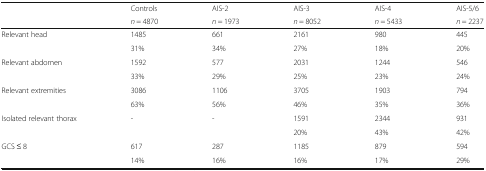
<table><thead><tr><td rowspan="2"></td><td><b>Controls</b></td><td><b>AIS-2</b></td><td><b>AIS-3</b></td><td><b>AIS-4</b></td><td><b>AIS-5/6</b></td></tr><tr><td><b><i>n</i> = 4870</b></td><td><b><i>n</i> = 1973</b></td><td><b><i>n</i> = 8052</b></td><td><b><i>n</i> = 5433</b></td><td><b><i>n</i> = 2237</b></td></tr></thead><tbody><tr><td rowspan="2">Relevant head</td><td>1485</td><td>661</td><td>2161</td><td>980</td><td>445</td></tr><tr><td>31%</td><td>34%</td><td>27%</td><td>18%</td><td>20%</td></tr><tr><td rowspan="2">Relevant abdomen</td><td>1592</td><td>577</td><td>2031</td><td>1244</td><td>546</td></tr><tr><td>33%</td><td>29%</td><td>25%</td><td>23%</td><td>24%</td></tr><tr><td rowspan="2">Relevant extremities</td><td>3086</td><td>1106</td><td>3705</td><td>1903</td><td>794</td></tr><tr><td>63%</td><td>56%</td><td>46%</td><td>35%</td><td>36%</td></tr><tr><td rowspan="2">Isolated relevant thorax</td><td rowspan="2">-</td><td rowspan="2">-</td><td>1591</td><td>2344</td><td>931</td></tr><tr><td>20%</td><td>43%</td><td>42%</td></tr><tr><td rowspan="2">GCS ≤ 8</td><td>617</td><td>287</td><td>1185</td><td>879</td><td>594</td></tr><tr><td>14%</td><td>16%</td><td>16%</td><td>17%</td><td>29%</td></tr></tbody></table>